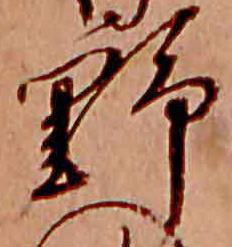
野